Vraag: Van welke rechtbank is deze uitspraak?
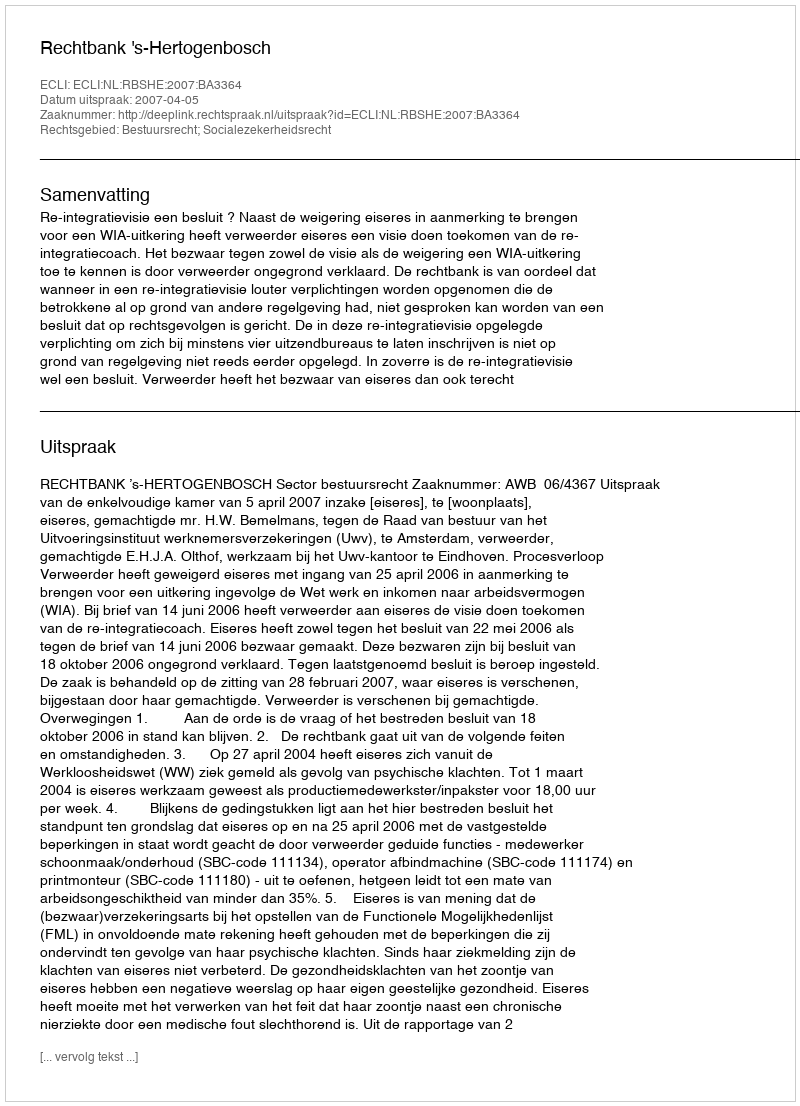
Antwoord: Rechtbank 's-Hertogenbosch